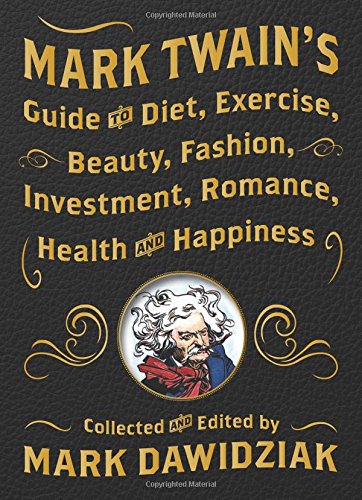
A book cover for Mark Twain's Guide to Diet, Exercise, Beauty, Fashion, Investment, Romance, Health and Happiness; Reference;